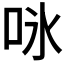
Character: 𭇛